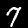
Digit: 7